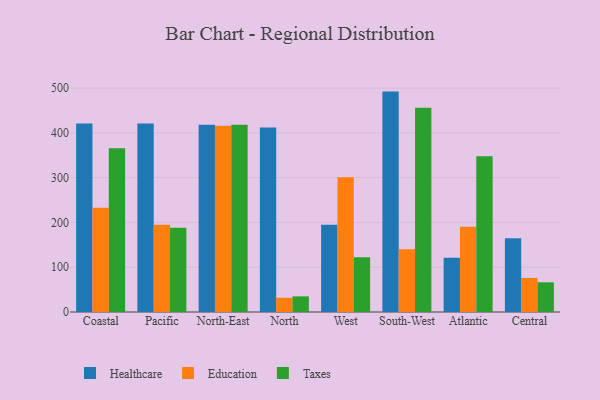
{"axis": {"x": "Region", "y": "Page Views"}, "legend": ["Education", "Healthcare", "Taxes"], "data": [{"x": "Coastal", "y": 420.9, "type": "Healthcare"}, {"x": "Coastal", "y": 232.9, "type": "Education"}, {"x": "Coastal", "y": 365.6, "type": "Taxes"}, {"x": "Pacific", "y": 421.1, "type": "Healthcare"}, {"x": "Pacific", "y": 194.7, "type": "Education"}, {"x": "Pacific", "y": 188.1, "type": "Taxes"}, {"x": "North-East", "y": 417.9, "type": "Healthcare"}, {"x": "North-East", "y": 416.1, "type": "Education"}, {"x": "North-East", "y": 418.3, "type": "Taxes"}, {"x": "North", "y": 411.9, "type": "Healthcare"}, {"x": "North", "y": 31.8, "type": "Education"}, {"x": "North", "y": 34.9, "type": "Taxes"}, {"x": "West", "y": 194.6, "type": "Healthcare"}, {"x": "West", "y": 300.6, "type": "Education"}, {"x": "West", "y": 122.0, "type": "Taxes"}, {"x": "South-West", "y": 492.1, "type": "Healthcare"}, {"x": "South-West", "y": 140.3, "type": "Education"}, {"x": "South-West", "y": 456.1, "type": "Taxes"}, {"x": "Atlantic", "y": 121.4, "type": "Healthcare"}, {"x": "Atlantic", "y": 190.1, "type": "Education"}, {"x": "Atlantic", "y": 347.9, "type": "Taxes"}, {"x": "Central", "y": 164.8, "type": "Healthcare"}, {"x": "Central", "y": 76.0, "type": "Education"}, {"x": "Central", "y": 66.3, "type": "Taxes"}]}